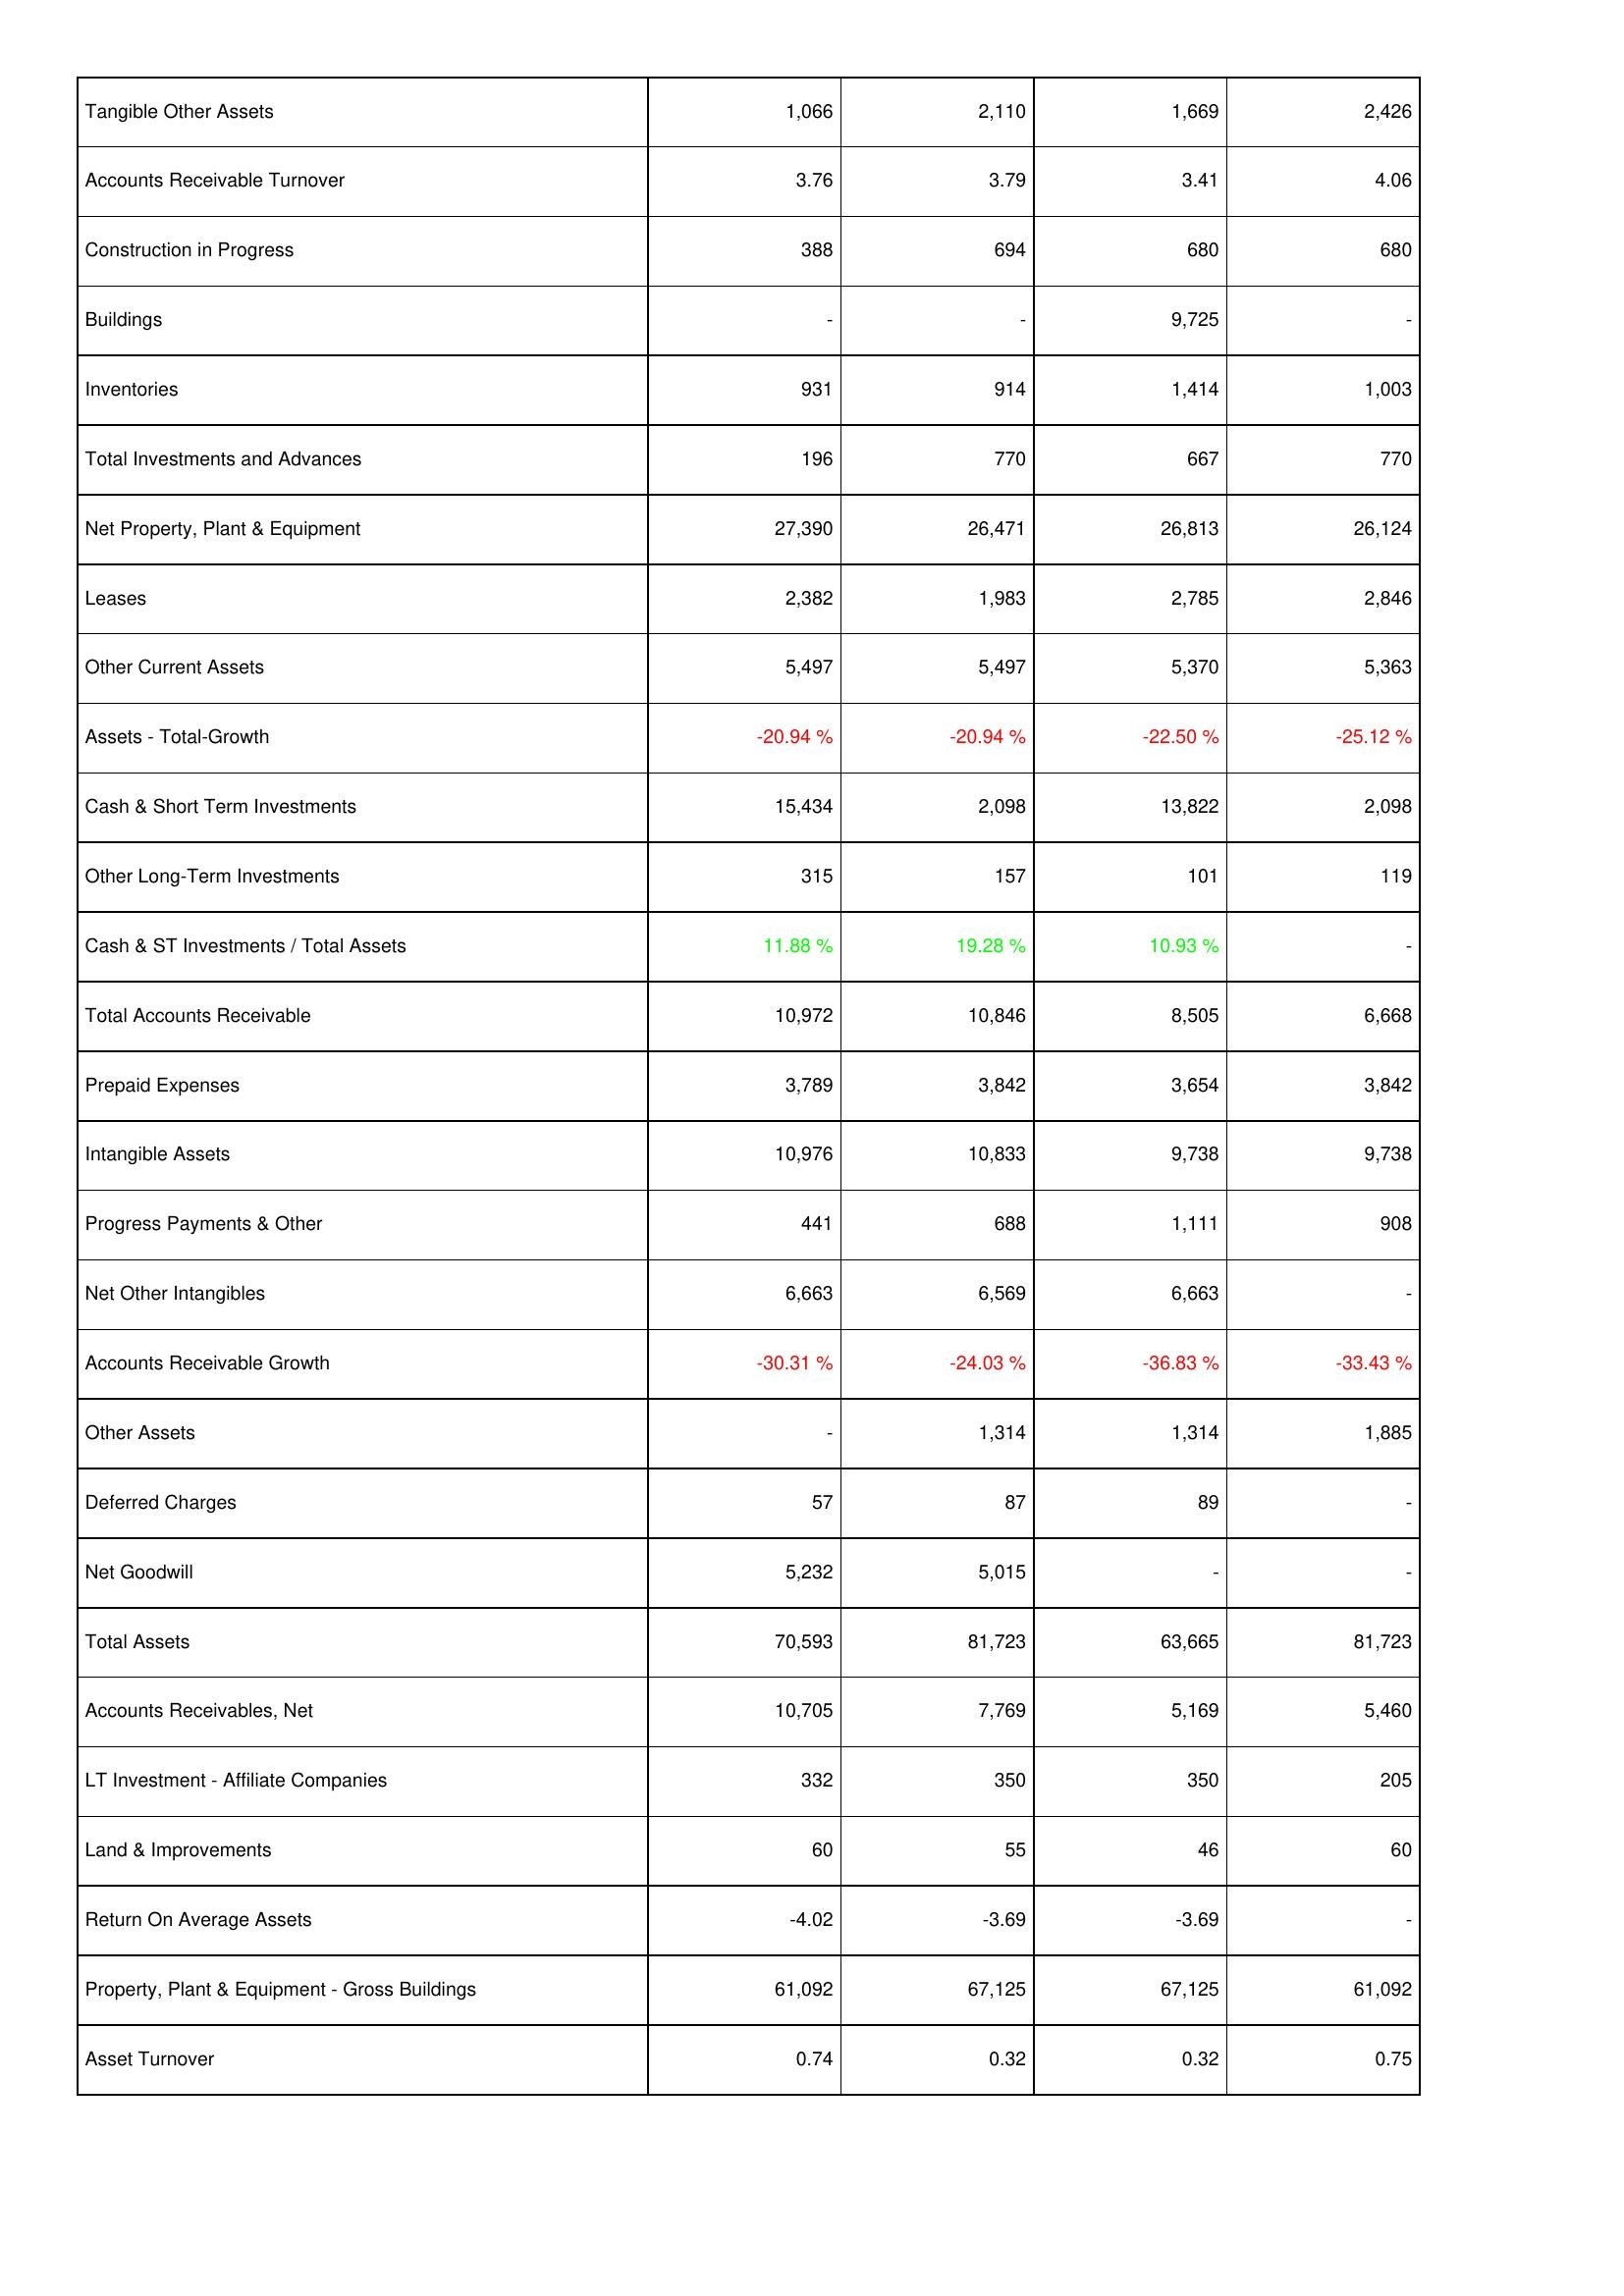
2013: Assets: Tangible Other Assets: 1,066
Accounts Receivable Turnover: 3.76
Construction in Progress: 388
Buildings: -
Inventories: 931
Total Investments and Advances: 196
Net Property, Plant & Equipment: 27,390
Leases: 2,382
Other Current Assets: 5,497
Assets - Total-Growth: -20.94 %
Cash & Short Term Investments: 15,434
Other Long-Term Investments: 315
Cash & ST Investments / Total Assets: 11.88 %
Total Accounts Receivable: 10,972
Prepaid Expenses: 3,789
Intangible Assets: 10,976
Progress Payments & Other: 441
Net Other Intangibles: 6,663
Accounts Receivable Growth: -30.31 %
Other Assets: -
Deferred Charges: 57
Net Goodwill: 5,232
Total Assets: 70,593
Accounts Receivables, Net: 10,705
LT Investment - Affiliate Companies: 332
Land & Improvements: 60
Return On Average Assets: -4.02
Property, Plant & Equipment - Gross Buildings: 61,092
Asset Turnover: 0.74
2014: Assets: Tangible Other Assets: 2,110
Accounts Receivable Turnover: 3.79
Construction in Progress: 694
Buildings: -
Inventories: 914
Total Investments and Advances: 770
Net Property, Plant & Equipment: 26,471
Leases: 1,983
Other Current Assets: 5,497
Assets - Total-Growth: -20.94 %
Cash & Short Term Investments: 2,098
Other Long-Term Investments: 157
Cash & ST Investments / Total Assets: 19.28 %
Total Accounts Receivable: 10,846
Prepaid Expenses: 3,842
Intangible Assets: 10,833
Progress Payments & Other: 688
Net Other Intangibles: 6,569
Accounts Receivable Growth: -24.03 %
Other Assets: 1,314
Deferred Charges: 87
Net Goodwill: 5,015
Total Assets: 81,723
Accounts Receivables, Net: 7,769
LT Investment - Affiliate Companies: 350
Land & Improvements: 55
Return On Average Assets: -3.69
Property, Plant & Equipment - Gross Buildings: 67,125
Asset Turnover: 0.32
2015: Assets: Tangible Other Assets: 1,669
Accounts Receivable Turnover: 3.41
Construction in Progress: 680
Buildings: 9,725
Inventories: 1,414
Total Investments and Advances: 667
Net Property, Plant & Equipment: 26,813
Leases: 2,785
Other Current Assets: 5,370
Assets - Total-Growth: -22.50 %
Cash & Short Term Investments: 13,822
Other Long-Term Investments: 101
Cash & ST Investments / Total Assets: 10.93 %
Total Accounts Receivable: 8,505
Prepaid Expenses: 3,654
Intangible Assets: 9,738
Progress Payments & Other: 1,111
Net Other Intangibles: 6,663
Accounts Receivable Growth: -36.83 %
Other Assets: 1,314
Deferred Charges: 89
Net Goodwill: -
Total Assets: 63,665
Accounts Receivables, Net: 5,169
LT Investment - Affiliate Companies: 350
Land & Improvements: 46
Return On Average Assets: -3.69
Property, Plant & Equipment - Gross Buildings: 67,125
Asset Turnover: 0.32
2016: Assets: Tangible Other Assets: 2,426
Accounts Receivable Turnover: 4.06
Construction in Progress: 680
Buildings: -
Inventories: 1,003
Total Investments and Advances: 770
Net Property, Plant & Equipment: 26,124
Leases: 2,846
Other Current Assets: 5,363
Assets - Total-Growth: -25.12 %
Cash & Short Term Investments: 2,098
Other Long-Term Investments: 119
Cash & ST Investments / Total Assets: -
Total Accounts Receivable: 6,668
Prepaid Expenses: 3,842
Intangible Assets: 9,738
Progress Payments & Other: 908
Net Other Intangibles: -
Accounts Receivable Growth: -33.43 %
Other Assets: 1,885
Deferred Charges: -
Net Goodwill: -
Total Assets: 81,723
Accounts Receivables, Net: 5,460
LT Investment - Affiliate Companies: 205
Land & Improvements: 60
Return On Average Assets: -
Property, Plant & Equipment - Gross Buildings: 61,092
Asset Turnover: 0.75